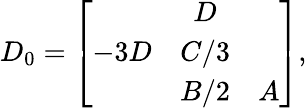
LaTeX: D_{0}=\left[\begin{array}{ccc}{{}}&{{D}}&{{}}\\ {{-3D}}&{{C/3}}&{{}}\\ {{}}&{{B/2}}&{{A}}\end{array}\right],